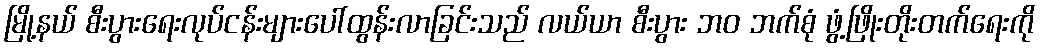
မြို့နယ် စီးပွားရေးလုပ်ငန်းများပေါ်ထွန်းလာခြင်းသည် လယ်ယာ စီးပွား ဘဝ ဘက်စုံ ဖွံ့ဖြိုးတိုးတက်ရေးကို